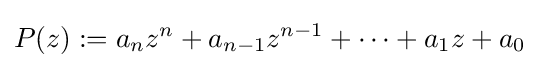
P(z):=a_{n}z^{n}+a_{n-1}z^{n-1}+\cdots +a_{1}z+a_{0}